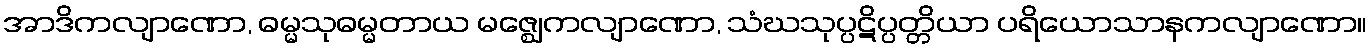
အာဒိကလျာဏော, ဓမ္မသုဓမ္မတာယ မဇ္ဈေကလျာဏော, သံဃသုပ္ပဋိပ္ပတ္တိယာ ပရိယောသာနကလျာဏော။